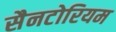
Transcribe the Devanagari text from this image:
सैनटोरियम